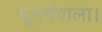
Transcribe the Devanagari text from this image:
घूमनेवाला।